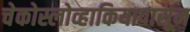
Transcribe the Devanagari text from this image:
चेकोस्लोव्हाकियापासून